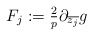
\begin{align*}F_j := \tfrac2p \partial_{\overline{z_j}} g \end{align*}